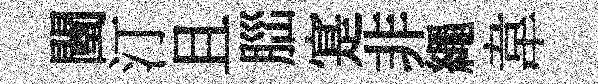
闉汀且𦛁寔非繩韋